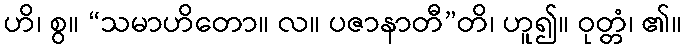
ဟိ၊ စွ။ “သမာဟိတော။ လ။ ပဇာနာတီ”တိ၊ ဟူ၍။ ဝုတ္တံ၊ ၏။